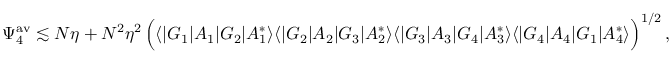
\Psi _ { 4 } ^ { \mathrm { a v } } \lesssim N \eta + N ^ { 2 } \eta ^ { 2 } \, \Big ( \langle | G _ { 1 } | A _ { 1 } | G _ { 2 } | A _ { 1 } ^ { * } \rangle \langle | G _ { 2 } | A _ { 2 } | G _ { 3 } | A _ { 2 } ^ { * } \rangle \langle | G _ { 3 } | A _ { 3 } | G _ { 4 } | A _ { 3 } ^ { * } \rangle \langle | G _ { 4 } | A _ { 4 } | G _ { 1 } | A _ { 4 } ^ { * } \rangle \Big ) ^ { 1 / 2 } \, ,